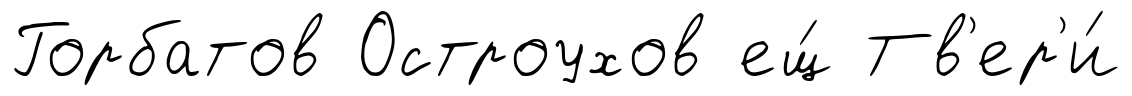
Горбатов Остроухов ещ́ Тв'ер'и́